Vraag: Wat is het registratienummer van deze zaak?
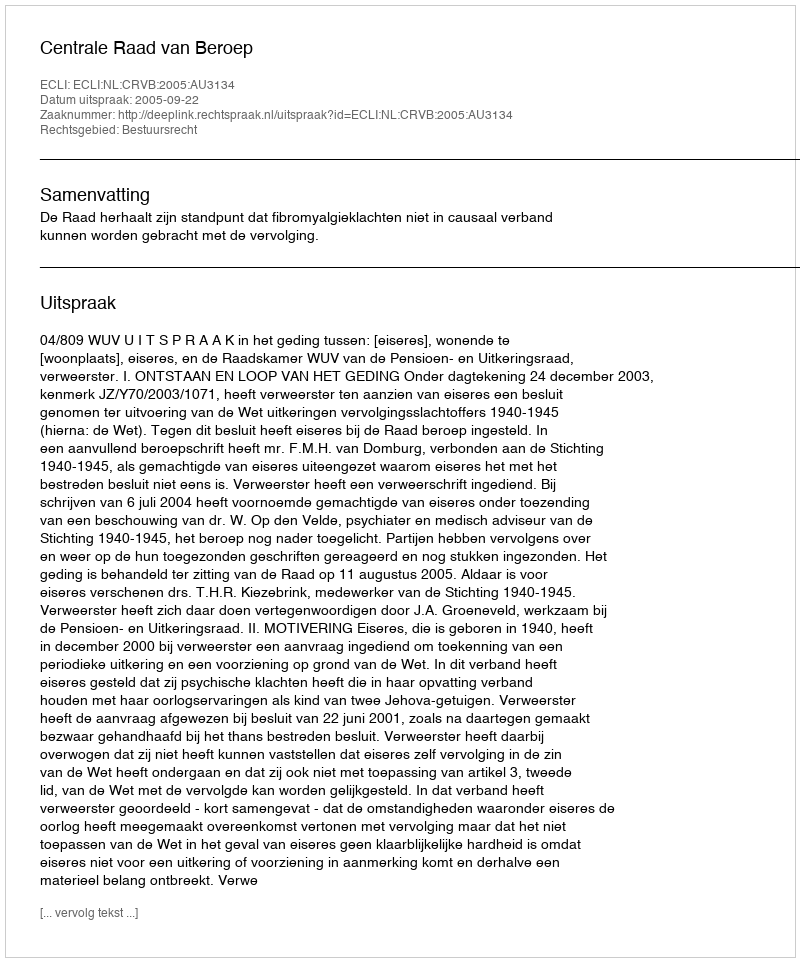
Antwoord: http://deeplink.rechtspraak.nl/uitspraak?id=ECLI:NL:CRVB:2005:AU3134